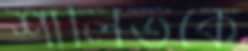
শালিতকে